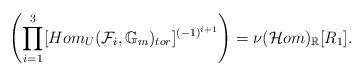
LaTeX: \begin{align*}\left(\prod_{i=1}^3[Hom_{U}(\mathcal{F}_i,\mathbb{G}_m)_{tor}]^{(-1)^{i+1}}\right)=\nu(\mathcal{H}om)_{\mathbb{R}}[R_1].\end{align*}